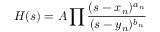
H ( s ) = A \prod { \frac { ( s - x _ { n } ) ^ { a _ { n } } } { ( s - y _ { n } ) ^ { b _ { n } } } }